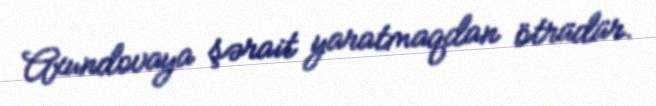
Axundovaya şərait yaratmaqdan ötrüdür.